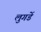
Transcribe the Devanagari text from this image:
लुगडें